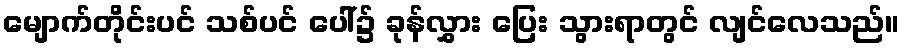
မျောက်တိုင်းပင် သစ်ပင် ပေါ်၌ ခုန်လွှား ပြေး သွားရာတွင် လျင်လေသည်။